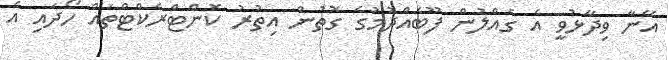
އޭނާ ވިދާޅުވީ އެ ގެއްލުން ފޫބެއްދުމުގެ ގޮތުން އިތުރު ކޮންޓްރެކްޓްތައް ހޯދައި އެ